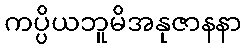
ကပ္ပိယဘူမိအနုဇာနနာ